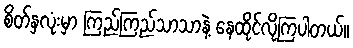
စိတ်နှလုံးမှာ ကြည်ကြည်သာသာနဲ့ နေထိုင်လိုကြပါတယ်။